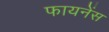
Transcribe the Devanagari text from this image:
फायनेंस